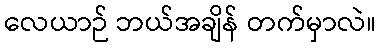
လေယာဉ် ဘယ်အချိန် တက်မှာလဲ။